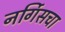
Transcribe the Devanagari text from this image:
नर्गिसचा